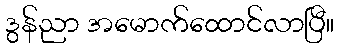
ဒွန်ညာ အမောက်ထောင်လာပြီ။